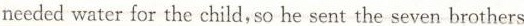
nceded water for the child, so he sent the seven brothers